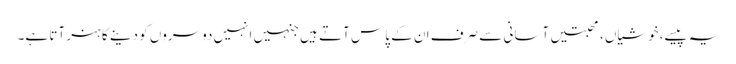
یہ پیسے،خوشیاں،محبتیں آسانی سے صرف ان کے پاس آتے ہیں جنہیں انہیں دوسروں کو دینے کا ہنر آتا ہے۔